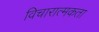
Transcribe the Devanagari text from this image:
विचारात्मकता